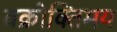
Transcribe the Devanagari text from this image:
वक्रोक्तिमय